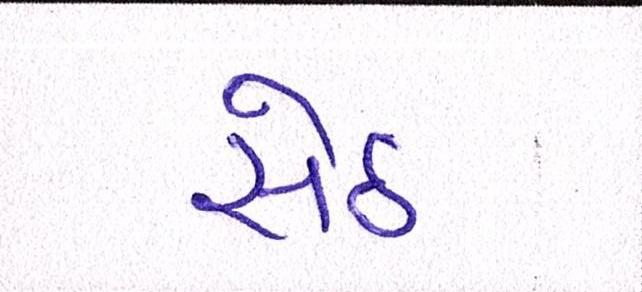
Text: સેઠ